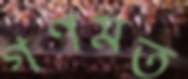
গণমত